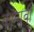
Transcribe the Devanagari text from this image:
कापावी